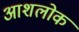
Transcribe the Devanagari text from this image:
आशलोक